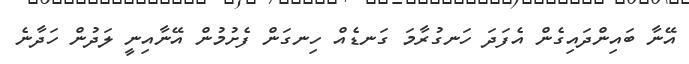
އޭނާ ބައިންދައިގެން އެފަދަ ހަނގުރާމަ ގަނޑެއް ހިނގަން ފެށުމުން އޭނާއިނީ ލަދުން ހަދާނެ